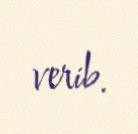
verib.